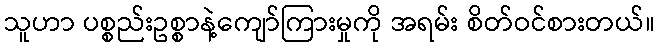
သူဟာ ပစ္စည်းဥစ္စာနဲ့ကျော်ကြားမှုကို အရမ်း စိတ်ဝင်စားတယ်။